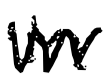
Text: in
Cross-out: zig-zag
Writing tool: digital_black